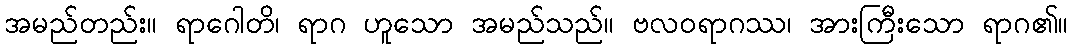
အမည်တည်း။ ရာဂေါတိ၊ ရာဂ ဟူသော အမည်သည်။ ဗလဝရာဂဿ၊ အားကြီးသော ရာဂ၏။